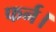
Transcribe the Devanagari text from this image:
फर्न।